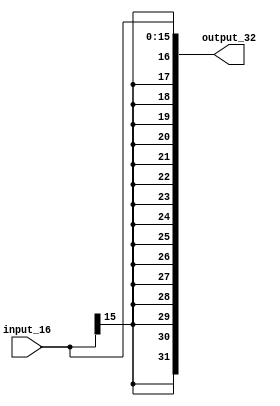
`timescale 1ns / 1ps

module sign_extender(
	input  [15:0] input_16,
	output [31:0] output_32
);

assign output_32 = { {16{input_16[15]}}, input_16[15:0] };

endmodule